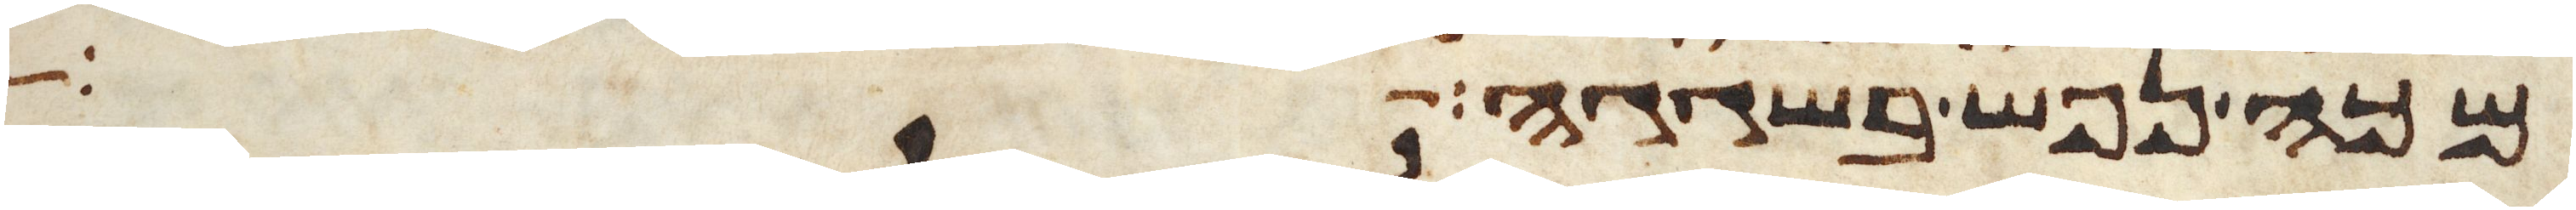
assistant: מכה נפש בשגגה